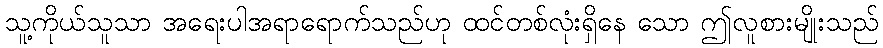
သူ့ကိုယ်သူသာ အရေးပါအရာရောက်သည်ဟု ထင်တစ်လုံးရှိနေ သော ဤလူစားမျိုးသည်